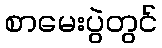
စာမေးပွဲတွင်